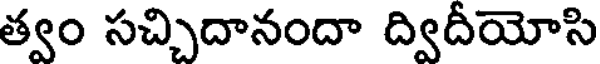
త్వం సచ్చిదానందా ద్విదీయోసి